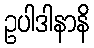
ဥပါဒါနာနိ